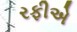
રફીએ